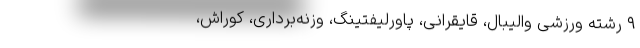
۹ رشته ورزشی والیبال، قایقرانی، پاورلیفتینگ، وزنه‌برداری، کوراش،